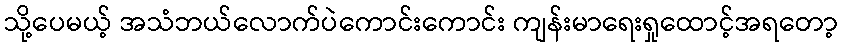
သို့ပေမယ့် အသံဘယ်လောက်ပဲကောင်းကောင်း ကျန်းမာရေးရှုထောင့်အရတော့